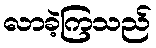
လာခဲ့ကြသည်